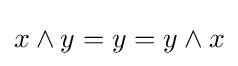
x\wedge y=y=y\wedge x